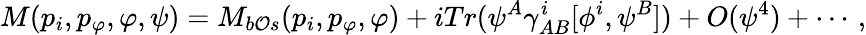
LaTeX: M(p_{i},p_{\varphi},\varphi,\psi)=M_{b\mathcal{O}s}(p_{i},p_{\varphi},\varphi)+iTr(\psi^{A}\gamma_{AB}^{i}[\phi^{i},\psi^{B}])+O(\psi^{4})+\cdots\, ,